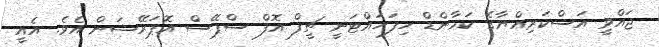
ޖައްވީ އަސްކަރިއްޔާގެ ކަމާންޑް ހިފަހައްޓަނީ ޗީފް އޮފް ސްޕޭސް އޮޕަރޭޝަން އެވެ. އެއީ